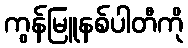
ကွန်မြူနစ်ပါတီကို